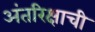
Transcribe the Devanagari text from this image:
अंतरिक्षाची